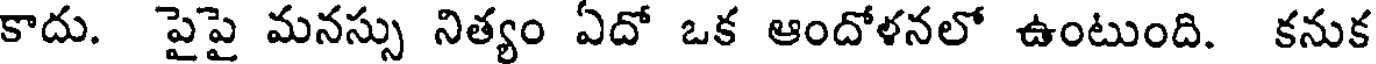
కాదు. పైపై మనస్సు నిత్యం ఏదో ఒక ఆందోళనలో ఉంటుంది. కనుక